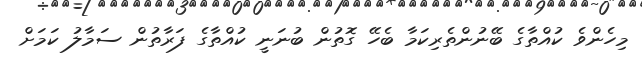
މިހެންވެ ކުއްތާގެ ބޭނުންތެރިކަމާ ބެހޭ ގޮތުން ބުނަނީ ކުއްތާގެ ފަރާތުން ސަމާލު ކަމަށް